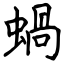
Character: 蝸